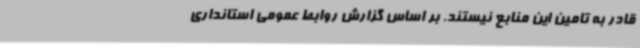
قادر به تامین این منابع نیستند. بر اساس گزارش روابط عمومی استانداری